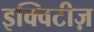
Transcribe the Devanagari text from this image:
इक्विटीज़